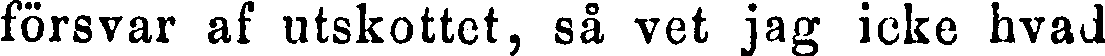
försvar af utskottet, så vet jag icke hvad